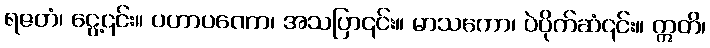
ရဇတံ၊ ငွေ့၎င်း။ ပဟာပဏော၊ အသပြာ၎င်း။ မာသကော၊ ပဲပိုက်ဆံ၎င်း။ ဣတိ၊